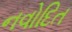
નવોદિત